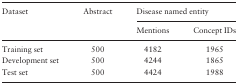
| <ROWSPAN=2> Dataset | <ROWSPAN=2> Abstract | <COLSPAN=2> Disease named entity |
 | Mentions | Concept IDs |
 | --- | --- | --- | --- |
 | Training set | 500 | 4182 | 1965 |
 | Development set | 500 | 4244 | 1865 |
 | Test set | 500 | 4424 | 1988 |